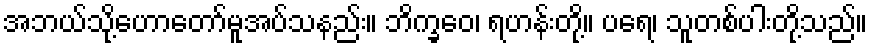
အဘယ်သို့ဟောတော်မူအပ်သနည်း။ ဘိက္ခဝေ၊ ရဟန်းတို့။ ပရေ၊ သူတစ်ပါးတို့သည်။